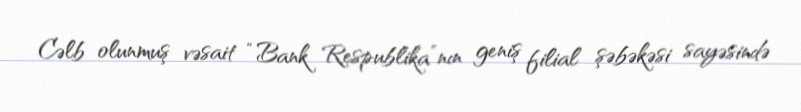
Cəlb olunmuş vəsait “Bank Respublika”nın geniş filial şəbəkəsi sayəsində